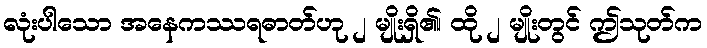
လုံးပါသော အနေကဿရဓာတ်ဟု ၂ မျိုးရှိ၏၊ ထို ၂ မျိုးတွင် ဤသုတ်က